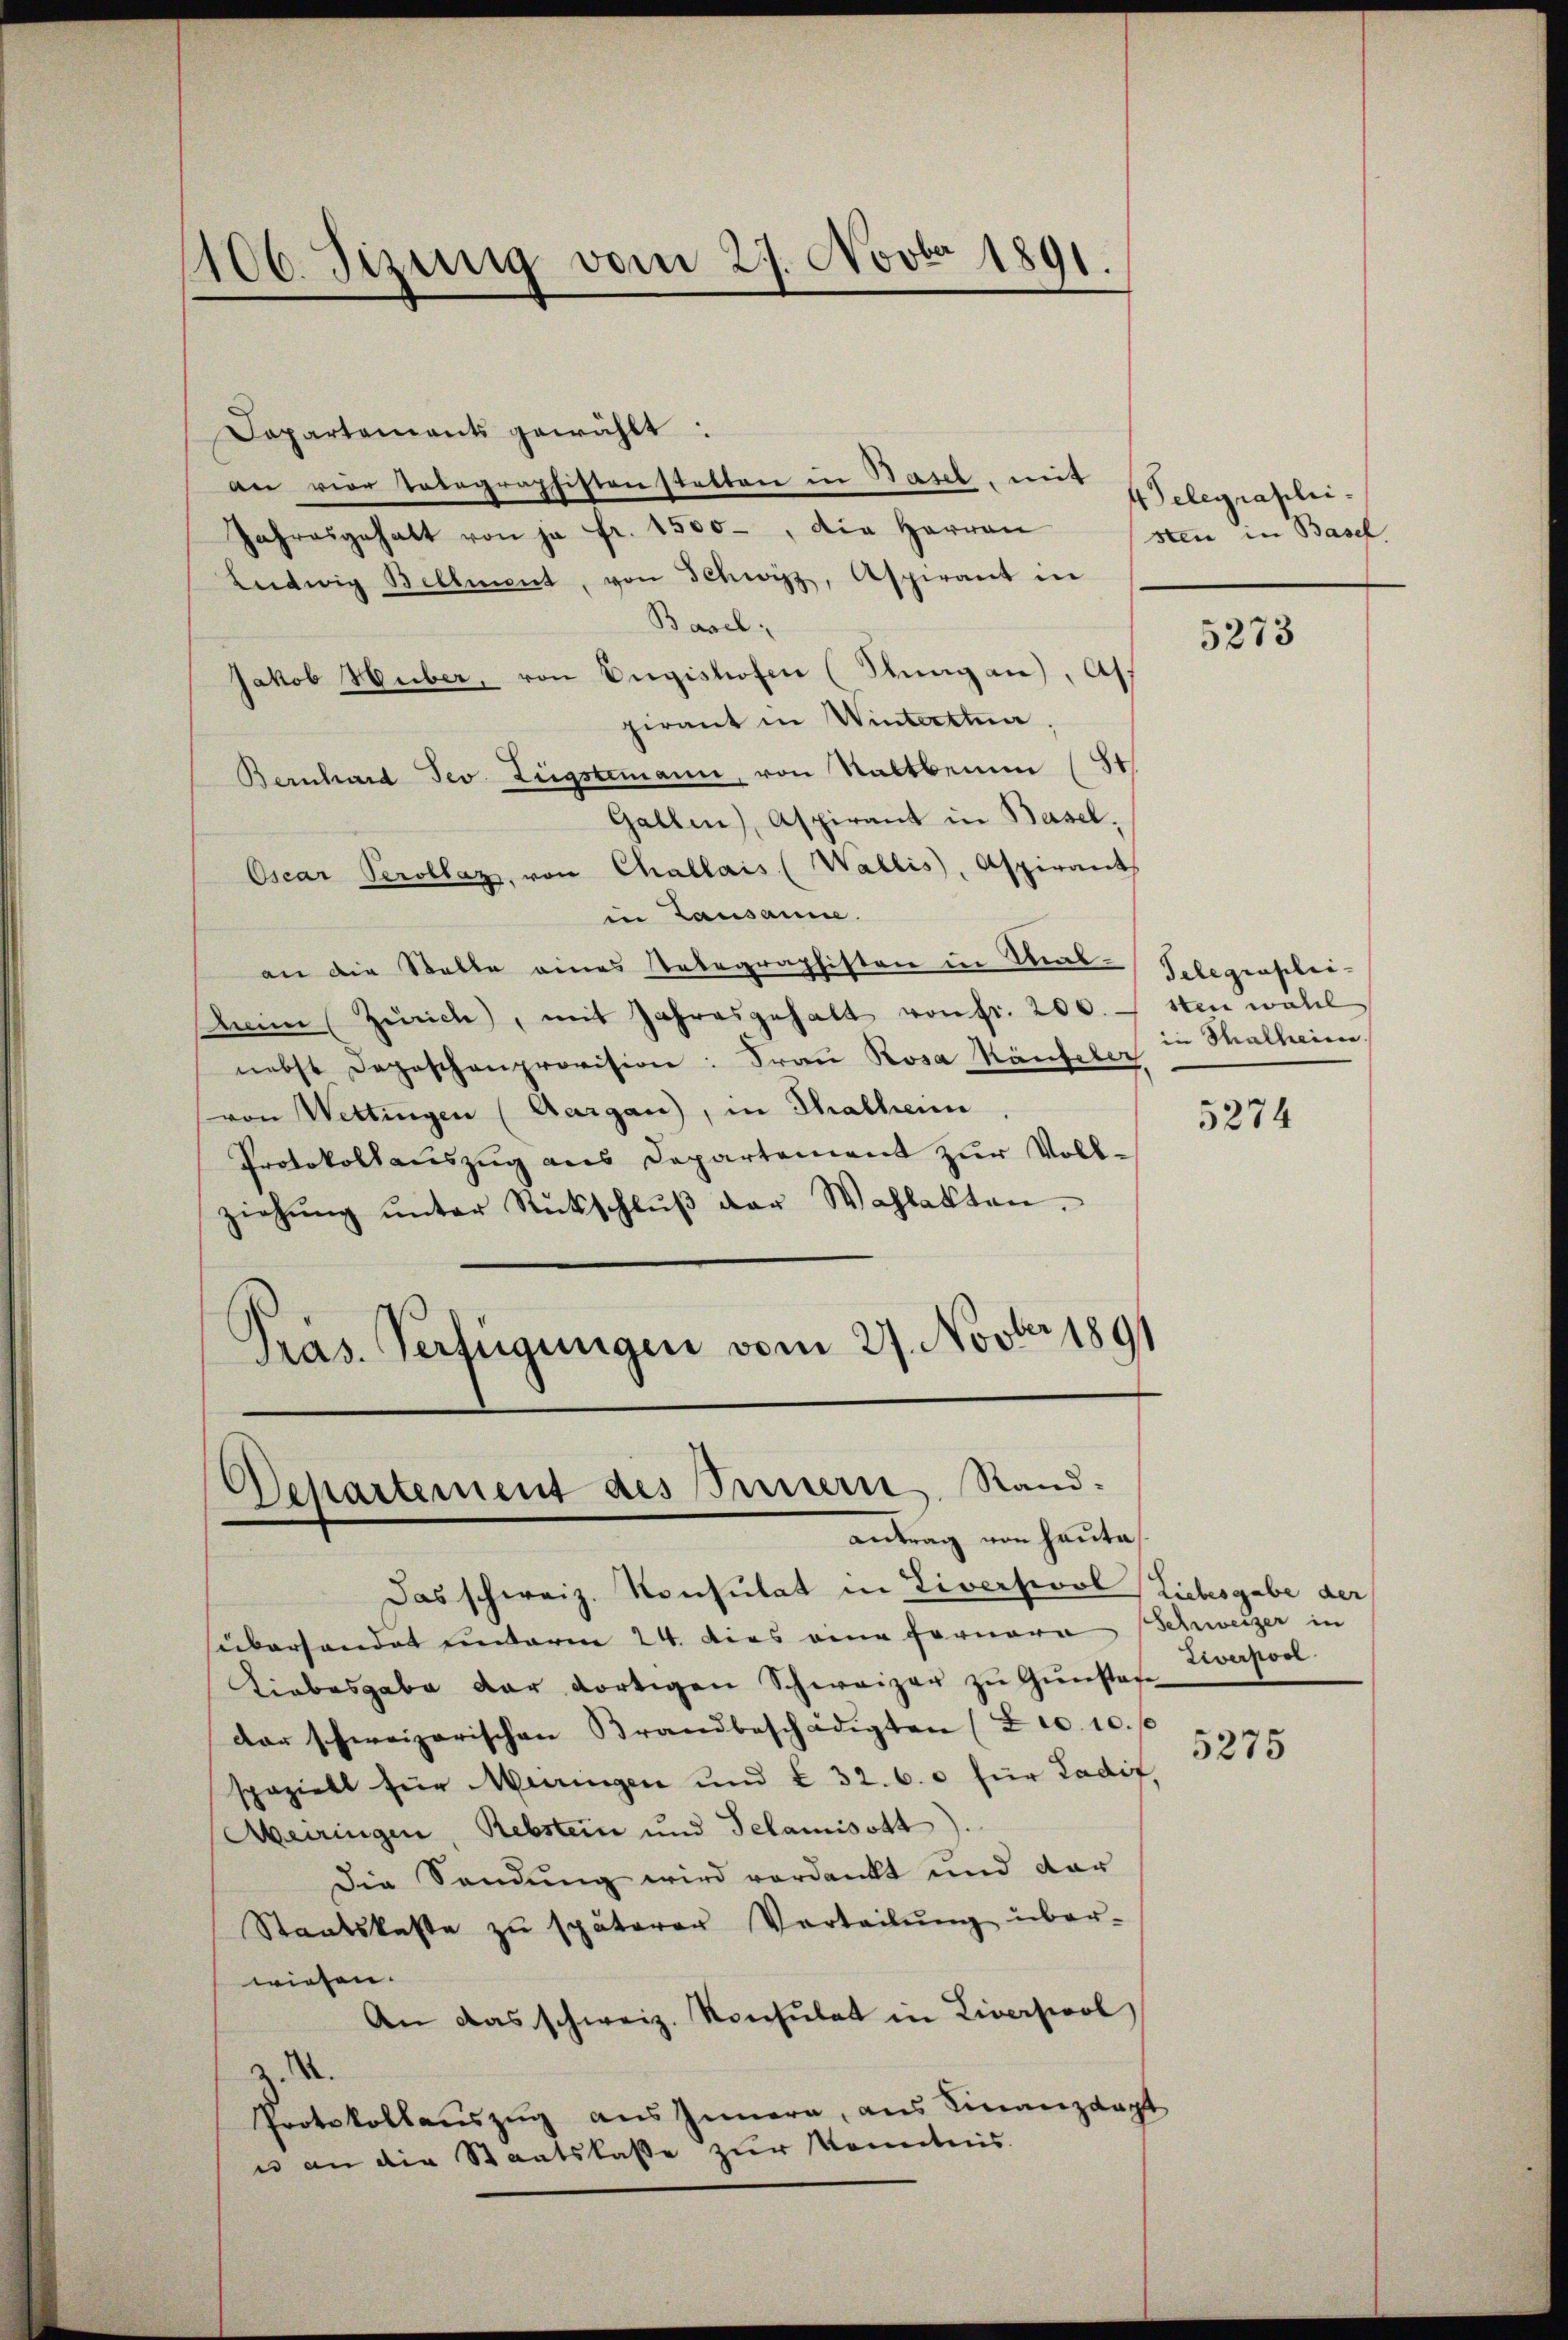
1106. Sizung vom 27. Novbr 1891.

Capartements gewählt:
an vier Totegraphistenstetten in Basel, mit
Jahresgehalt von ja fr. 1500, die Herren
Leetwig Bellment, von Schwyz, Aspirant in
Basel;
Jakob Huber, von Engishofen (Sungan), Aff
pirant in Winterthur.
Bernhard Jes. Zugstemann, von Stattberin (St
Gallen), Aspirant in Basel,
Oscar Perollaz, von Challais (Wallis, Aspirant
in Lausanne.
an die Statte eines Nebegraphisten in Stral-Selegenschei-
Mein Zürich, mit Jahresgehalt von Fr. 200. den woll
nebst Depeschenprovision: Frau Rosa Käufeler
von Wettingen (Aargau), in Thalheim,
Protokollaŭszŭg ans Departement zŭr Voll-
ziehŭng ŭnter Rückschlŭβ der Wahlakten.
Pras. Verfügungen vom 27. Novber 1891
Departement des Innern, Rand:

antrag von Hauta

Das schweiz. Konsulat in Liversiool Liebesgabe der
süberhandet unterm 24. dies eine Fornere Schweizer in
Liebesgabe der dortigen Schweizer zu Gunstafe
dar schweizerischen Brandbeschädigten (Zec. 10.
spezielt für Meiringen und I 32. 6. für Ladif,
Meiringen, Rebstein und Telamisott).
Die Sendung wird verdankt und dar
Staatskaste zŭ späterer Verteilŭng über-
wiesen.
An das schweiz. Konsulat in Liversicol
2. X.
Protokollauszug aus Innern, aus Finanzdapt
e an die Staatskasse zur Kenntnis.

4 Telegrapheisten in Basel

5273

in Thalheim.

5274

Zierpor

5275